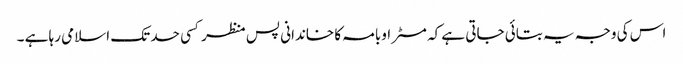
اس کی وجہ یہ بتائی جاتی ہے کہ مسٹر اوبامہ کا خاندانی پس منظر کسی حد تک اسلامی رہا ہے ۔